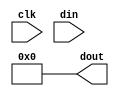
module clb_n (input clk, input [15:0] din, output [15:0] dout);
	assign dout = 0;
endmodule